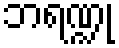
ဘရဏ္ဍု